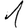
Digit: 1